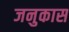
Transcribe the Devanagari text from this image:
जनुकास